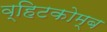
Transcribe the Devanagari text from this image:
व्हिटकोम्ब